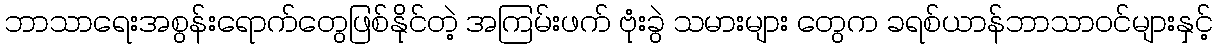
ဘာသာရေးအစွန်းရောက်တွေဖြစ်နိုင်တဲ့ အကြမ်းဖက် ဗုံးခွဲ သမားများ တွေက ခရစ်ယာန်ဘာသာဝင်များနှင့်